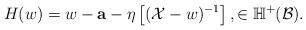
LaTeX: \begin{align*}H(w)=w-{\bf a}-\eta\left[(\mathcal X-w)^{-1}\right],\in\mathbb H^+(\mathcal B).\end{align*}